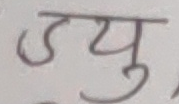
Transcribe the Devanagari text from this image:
उयु